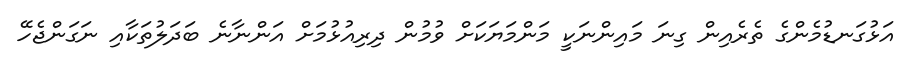
އަޅުގަނޑުމެންގެ ތެރެއިން ގިނަ މައިންނަކީ މަންމަޔަކަށް ވުމުން ދިރިއުޅުމަށް އަންނާނެ ބަދަލުތަކާއި ނަގަންޖެހޭ